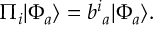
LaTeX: \Pi _ { i } | \Phi _ { a } \rangle = b ^ { i } { } _ { a } | \Phi _ { a } \rangle .